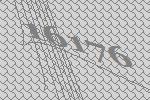
16176